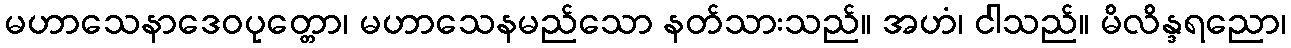
မဟာသေနာဒေဝပုတ္တော၊ မဟာသေနမည်သော နတ်သားသည်။ အဟံ၊ ငါသည်။ မိလိန္ဒရညော၊